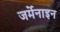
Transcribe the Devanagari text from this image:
जर्मेनाइन